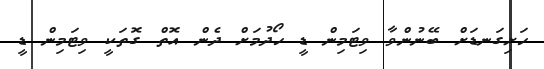
ހަށިގަނޑަށް ބޭނުންވާ ވިޓަމިން ޑީ ހޯދުމަށް ދެން އޮތް ގޮތަކީ ވިޓަމިން ޑީ